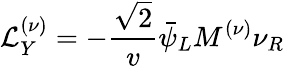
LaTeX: {\cal L}_{Y}^{(\nu)}=-\frac{\sqrt{2}}{v}\bar{\psi}_{L}M^{(\nu)}\nu_{R}